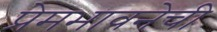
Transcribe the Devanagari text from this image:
प्रेमभावनेची